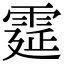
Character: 𩃀